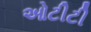
ઓટીટી